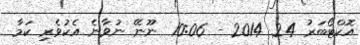
އޮކްޓޯބަރު 24